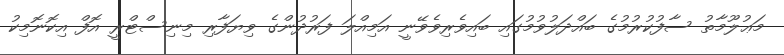
މަޢުލޫމާތު ސާފުކުރުމުގެ ބައްދަލުވުމުގައި ބައިވެރިވެވޭނީ އަމިއްލަ ފަރުދުންގެ ވިޔަފާރި މިނިސްޓްރީ އޮފް އިކޮނޮމިކު